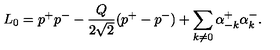
L _ { 0 } = p ^ { + } p ^ { - } - \frac { Q } { 2 \sqrt { 2 } } ( p ^ { + } - p ^ { - } ) + \sum _ { k \ne 0 } \alpha _ { - k } ^ { + } \alpha _ { k } ^ { - } .